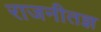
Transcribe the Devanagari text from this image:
राजनीतज्ञ